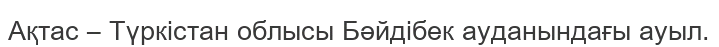
Ақтас – Түркістан облысы Бәйдібек ауданындағы ауыл.